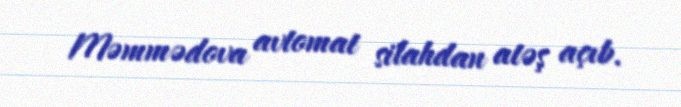
Məmmədova avtomat silahdan atəş açıb.